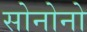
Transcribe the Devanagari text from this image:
सोनोनो